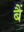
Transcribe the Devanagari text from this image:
बैं